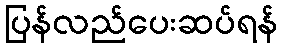
ပြန်လည်ပေးဆပ်ရန်